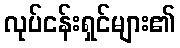
လုပ်ငန်းရှင်များ၏